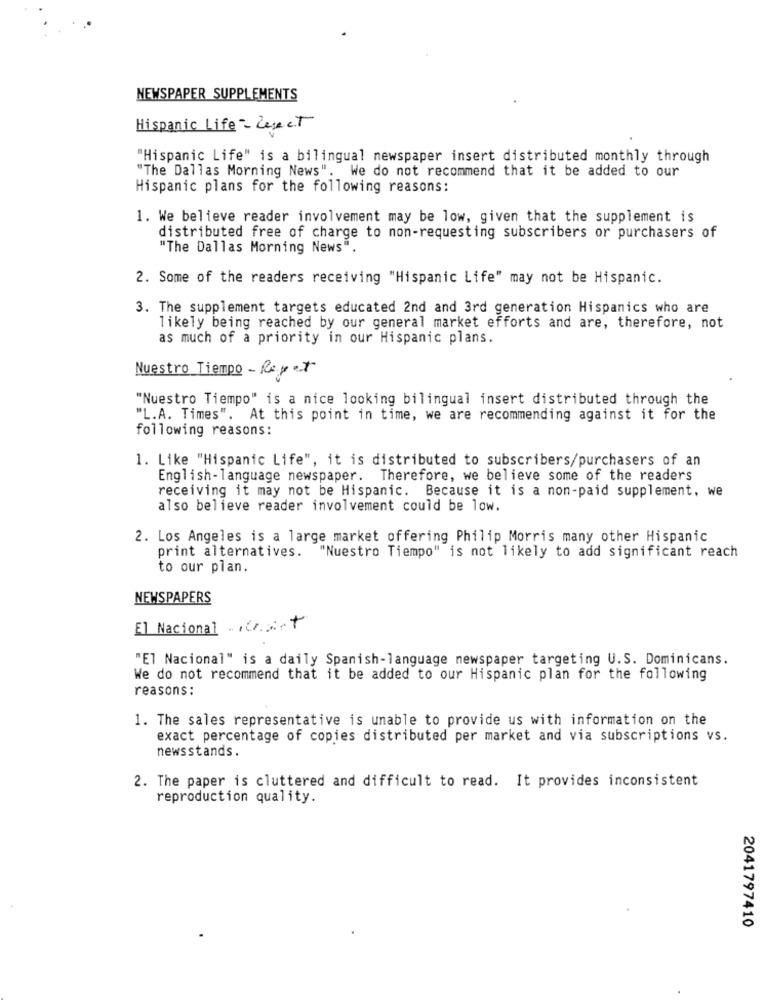
NEWSPAPER SUPPLEMENTS
Hispanic Life - Reject
"Hispanic Life" is a bilingual newspaper insert distributed monthly through
"The Dallas Morning News". We do not recommend that it be added to our
Hispanic plans for the following reasons:
1. We believe reader involvement may be low, given that the supplement is
distributed free of charge to non-requesting subscribers or purchasers of
"The Dallas Morning News".
2. Some of the readers receiving "Hispanic Life" may not be Hispanic.
3. The supplement targets educated 2nd and 3rd generation Hispanics who are
likely being reached by our general market efforts and are, therefore, not
as much of a priority in our Hispanic plans.
Nuestro Tiempo - Repor
"Nuestro Tiempo" is a nice looking bilingual insert distributed through the
"L.A. Times". At this point in time, we are recommending against it for the
following reasons:
1. Like "Hispanic Life", it is distributed to subscribers/purchasers of an
English-language newspaper. Therefore, we believe some of the readers
receiving it may not be Hispanic. Because it is a non-paid supplement, we
also believe reader involvement could be low.
2. Los Angeles is a large market offering Philip Morris many other Hispanic
print alternatives.
"Nuestro Tiempo" is not likely to add significant reach
to our plan.
NEWSPAPERS
El Nacional ..... +
"El Nacional" is a daily Spanish-language newspaper targeting U.S. Dominicans.
We do not recommend that it be added to our Hispanic plan for the following
reasons:
1. The sales representative is unable to provide us with information on the
exact percentage of copies distributed per market and via subscriptions vs.
newsstands.
2. The paper is cluttered and difficult to read. It provides inconsistent
reproduction quality.
2041797410